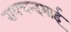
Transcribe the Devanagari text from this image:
रायचन्दभाई